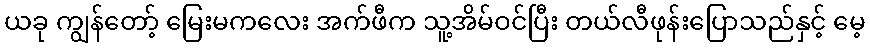
ယခု ကျွန်တော့် မြေးမကလေး အက်ဖီက သူ့အိမ်ဝင်ပြီး တယ်လီဖုန်းပြောသည်နှင့် မေ့